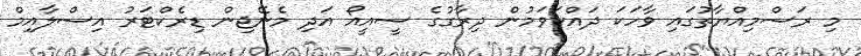
މި ރަސްމިއްޔާތުގައި ވާހަކަ ދައްކަވަމުން ދިރާގުގެ ސީއީއޯ އަދި މެނޭޖިން ޑިރެކްޓަރު އިސްލާއިމް